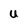
Character: U